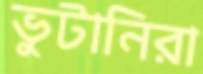
ভুটানিরা